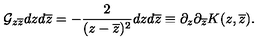
{ \cal G } _ { z \overline { z } } d z d \overline { z } = - \frac { 2 } { ( z - \overline { z } ) ^ { 2 } } d z d \overline { z } \equiv \partial _ { z } \partial _ { \overline { z } } K ( z , \overline { z } ) .